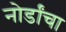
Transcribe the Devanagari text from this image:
नोर्डांचा